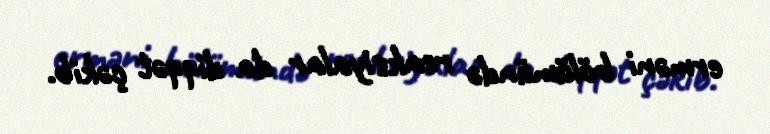
erməni bölümündə reaksiyalar da diqqət çəkib.